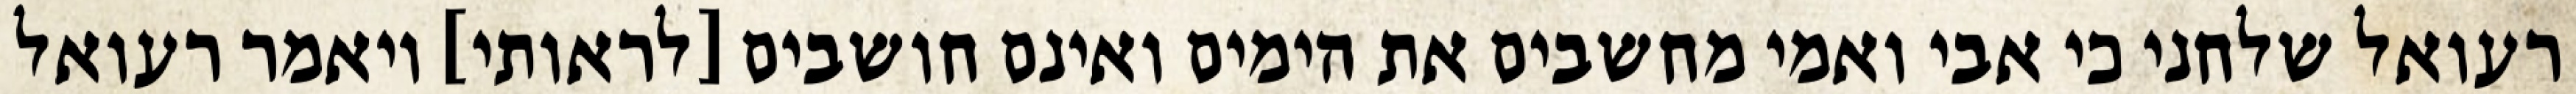
רעואל שלחני כי אבי ואמי מחשבים את הימים ואינם חושבים [לראותי] ויאמר רעואל